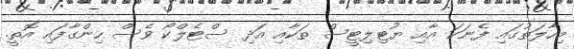
މިހާލަތުގައި ފެނަކަ އާއި ޔުޓިލިޓީސް ތަކާއި އަދި ސްޓެލްކޯ ވެސް ހިންގާފައި އޮތީ.